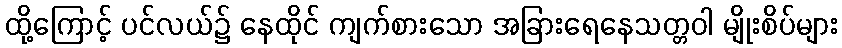
ထို့ကြောင့် ပင်လယ်၌ နေထိုင် ကျက်စားသော အခြားရေနေသတ္တဝါ မျိုးစိပ်များ